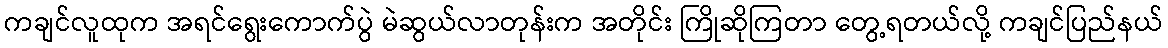
ကချင်လူထုက အရင်ရွေးကောက်ပွဲ မဲဆွယ်လာတုန်းက အတိုင်း ကြိုဆိုကြတာ တွေ့ရတယ်လို့ ကချင်ပြည်နယ်